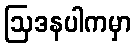
ဩဒနပါကမှာ